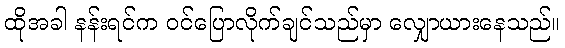
ထိုအခါ နန်းရင်က ဝင်ပြောလိုက်ချင်သည်မှာ လျှောယားနေသည်။